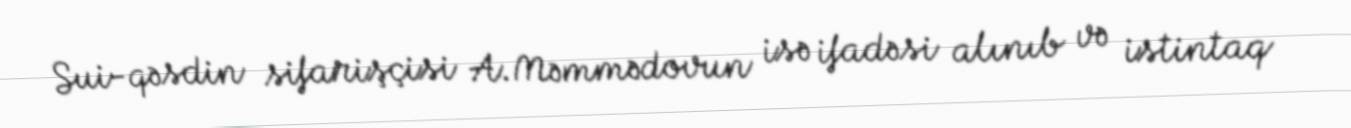
Sui-qəsdin sifarişçisi A.Məmmədovun isə ifadəsi alınıb və istintaq